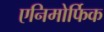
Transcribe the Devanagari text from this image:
एनिमोर्फिक